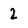
Character: 2